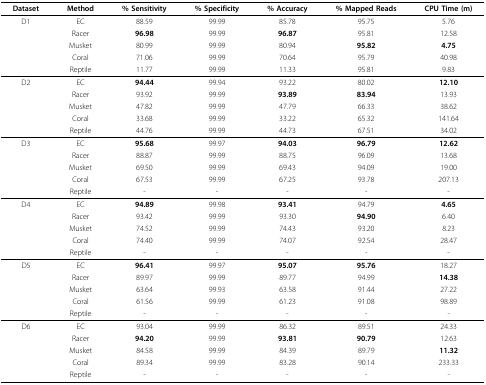
<table><thead><tr><td><b>Dataset</b></td><td><b>Method</b></td><td><b>% Sensitivity</b></td><td><b>% Specificity</b></td><td><b>% Accuracy</b></td><td><b>% Mapped Reads</b></td><td><b>CPU Time (m)</b></td></tr></thead><tbody><tr><td>D1</td><td>EC</td><td>88.59</td><td>99.99</td><td>85.78</td><td>95.75</td><td>5.76</td></tr><tr><td>[EMPTY_CELL]</td><td>Racer</td><td><b>96.98</b></td><td>99.99</td><td><b>96.87</b></td><td>95.81</td><td>12.58</td></tr><tr><td>[EMPTY_CELL]</td><td>Musket</td><td>80.99</td><td>99.99</td><td>80.94</td><td><b>95.82</b></td><td><b>4.75</b></td></tr><tr><td>[EMPTY_CELL]</td><td>Coral</td><td>71.06</td><td>99.99</td><td>70.64</td><td>95.79</td><td>40.98</td></tr><tr><td>[EMPTY_CELL]</td><td>Reptile</td><td>11.77</td><td>99.99</td><td>11.33</td><td>95.81</td><td>9.83</td></tr><tr><td>D2</td><td>EC</td><td><b>94.44</b></td><td>99.94</td><td>93.22</td><td>80.02</td><td><b>12.10</b></td></tr><tr><td>[EMPTY_CELL]</td><td>Racer</td><td>93.92</td><td>99.99</td><td><b>93.89</b></td><td><b>83.94</b></td><td>13.93</td></tr><tr><td>[EMPTY_CELL]</td><td>Musket</td><td>47.82</td><td>99.99</td><td>47.79</td><td>66.33</td><td>38.62</td></tr><tr><td>[EMPTY_CELL]</td><td>Coral</td><td>33.68</td><td>99.99</td><td>33.22</td><td>65.32</td><td>141.64</td></tr><tr><td>[EMPTY_CELL]</td><td>Reptile</td><td>44.76</td><td>99.99</td><td>44.73</td><td>67.51</td><td>34.02</td></tr><tr><td>D3</td><td>EC</td><td><b>95.68</b></td><td>99.97</td><td><b>94.03</b></td><td><b>96.79</b></td><td><b>12.62</b></td></tr><tr><td>[EMPTY_CELL]</td><td>Racer</td><td>88.87</td><td>99.99</td><td>88.75</td><td>96.09</td><td>13.68</td></tr><tr><td>[EMPTY_CELL]</td><td>Musket</td><td>69.50</td><td>99.99</td><td>69.43</td><td>94.09</td><td>19.00</td></tr><tr><td>[EMPTY_CELL]</td><td>Coral</td><td>67.53</td><td>99.99</td><td>67.25</td><td>93.78</td><td>207.13</td></tr><tr><td>[EMPTY_CELL]</td><td>Reptile</td><td>-</td><td>-</td><td>-</td><td>-</td><td>-</td></tr><tr><td>D4</td><td>EC</td><td><b>94.89</b></td><td>99.98</td><td><b>93.41</b></td><td>94.79</td><td><b>4.65</b></td></tr><tr><td>[EMPTY_CELL]</td><td>Racer</td><td>93.42</td><td>99.99</td><td>93.30</td><td><b>94.90</b></td><td>6.40</td></tr><tr><td>[EMPTY_CELL]</td><td>Musket</td><td>74.52</td><td>99.99</td><td>74.43</td><td>93.20</td><td>8.23</td></tr><tr><td>[EMPTY_CELL]</td><td>Coral</td><td>74.40</td><td>99.99</td><td>74.07</td><td>92.54</td><td>28.47</td></tr><tr><td>[EMPTY_CELL]</td><td>Reptile</td><td>-</td><td>-</td><td>-</td><td>-</td><td>-</td></tr><tr><td>D5</td><td>EC</td><td><b>96.41</b></td><td>99.97</td><td><b>95.07</b></td><td><b>95.76</b></td><td>18.27</td></tr><tr><td>[EMPTY_CELL]</td><td>Racer</td><td>89.97</td><td>99.99</td><td>89.77</td><td>94.99</td><td><b>14.38</b></td></tr><tr><td>[EMPTY_CELL]</td><td>Musket</td><td>63.64</td><td>99.93</td><td>63.58</td><td>91.44</td><td>27.22</td></tr><tr><td>[EMPTY_CELL]</td><td>Coral</td><td>61.56</td><td>99.99</td><td>61.23</td><td>91.08</td><td>98.89</td></tr><tr><td>[EMPTY_CELL]</td><td>Reptile</td><td>-</td><td>-</td><td>-</td><td>-</td><td>-</td></tr><tr><td>D6</td><td>EC</td><td>93.04</td><td>99.99</td><td>86.32</td><td>89.51</td><td>24.33</td></tr><tr><td>[EMPTY_CELL]</td><td>Racer</td><td><b>94.20</b></td><td>99.99</td><td><b>93.81</b></td><td><b>90.79</b></td><td>12.63</td></tr><tr><td>[EMPTY_CELL]</td><td>Musket</td><td>84.58</td><td>99.99</td><td>84.39</td><td>89.79</td><td><b>11.32</b></td></tr><tr><td>[EMPTY_CELL]</td><td>Coral</td><td>89.34</td><td>99.99</td><td>83.28</td><td>90.14</td><td>233.33</td></tr><tr><td>[EMPTY_CELL]</td><td>Reptile</td><td>-</td><td>-</td><td>-</td><td>-</td><td>-</td></tr></tbody></table>